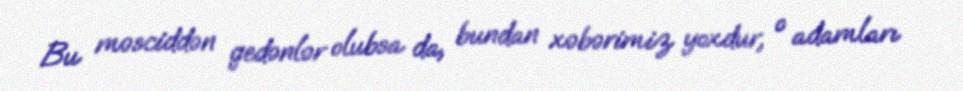
Bu məsciddən gedənlər olubsa da, bundan xəbərimiz yoxdur, o adamları